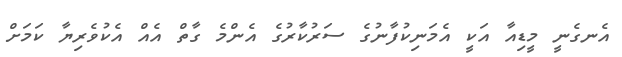
އެނގެނީ މީޑިއާ އަކީ އެމަނިކުފާނުގެ ސަރުކާރުގެ އެންމެ ގާތް އެއް އެކުވެރިޔާ ކަމަށް